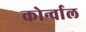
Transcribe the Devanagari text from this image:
कोर्न्वाल